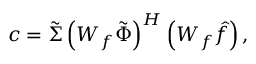
\boldsymbol { c } = \boldsymbol { \tilde { \Sigma } } \left( \boldsymbol { W _ { f } } \boldsymbol { \tilde { \Phi } } \right) ^ { H } \left( \boldsymbol { W _ { f } } \boldsymbol { \hat { f } } \right) ,